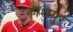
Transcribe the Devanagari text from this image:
काशगुर